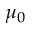
\mu _ { 0 }